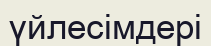
үйлесімдері